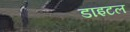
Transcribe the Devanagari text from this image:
डाइटल